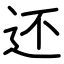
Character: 还